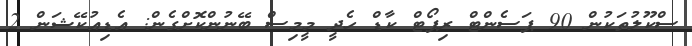
ސްކޫލުތަކުން 90 ޕަސެންޓް ރިޕޯޓް ކާޑް ހެދީ މީމިސް ބޭނުންކޮށްގެން: އެޑިއުކޭޝަން 2